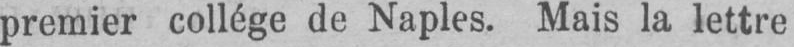
premier collège de Naples. Mais la lettre